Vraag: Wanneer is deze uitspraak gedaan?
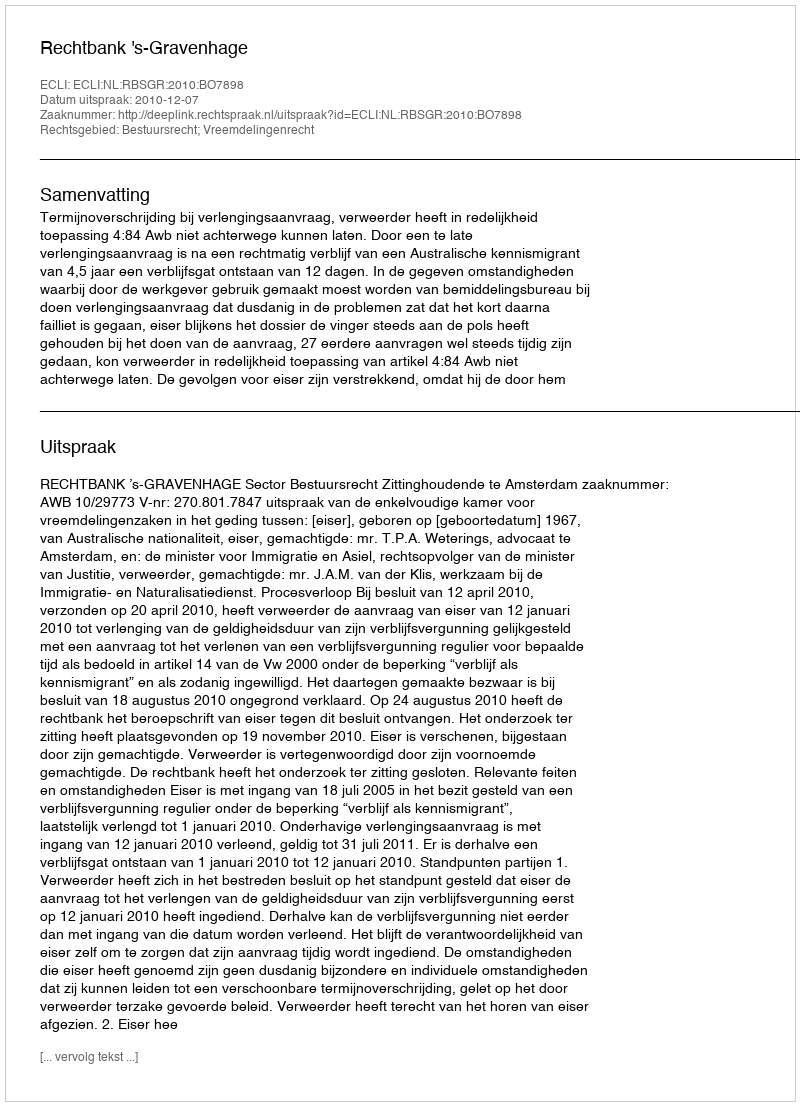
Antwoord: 2010-12-07